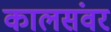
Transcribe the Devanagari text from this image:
कालसंवर